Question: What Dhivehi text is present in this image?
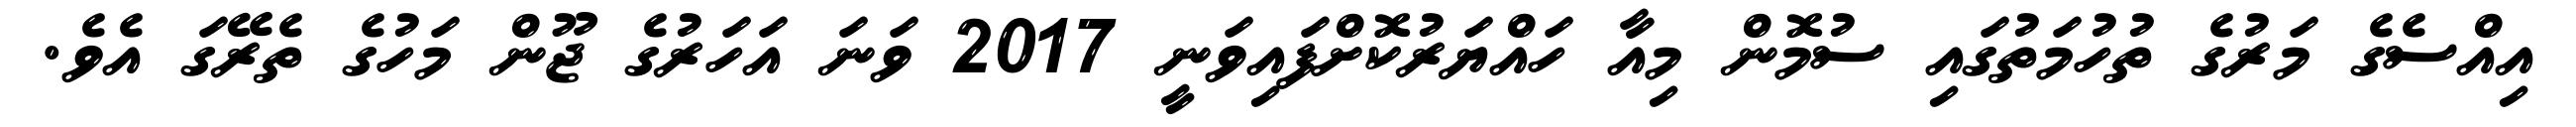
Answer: އިއްސެގެ މަރުގެ ތުހުމަތުގައި ސުމޮން މިއާ ހައްޔަރުކޮށްފައިވަނީ 2017 ވަނަ އަހަރުގެ ޖޫން މަހުގެ ތެރޭގަ އެވެ.